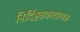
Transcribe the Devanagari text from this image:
निर्दिष्टसकारात्मक